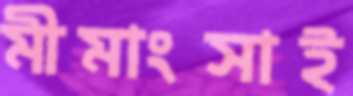
মীমাংসাই